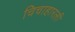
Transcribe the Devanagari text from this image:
चिचाहारली